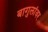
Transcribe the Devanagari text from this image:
बागुलांवर